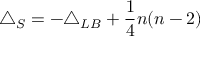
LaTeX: \triangle _ { S } = - \triangle _ { L B } + { \frac { 1 } { 4 } } n ( n - 2 )